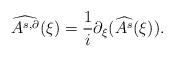
LaTeX: \begin{align*} \widehat{A^{s,\partial}}(\xi) = \frac 1 {i} \partial_{\xi} ( \widehat{A^s}(\xi)). \end{align*}